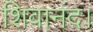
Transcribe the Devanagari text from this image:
शिवानंद।